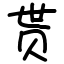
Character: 贳